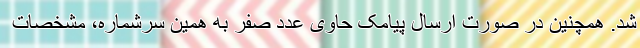
شد. همچنین در صورت ارسال پیامک حاوی عدد صفر به همین سرشماره، مشخصات